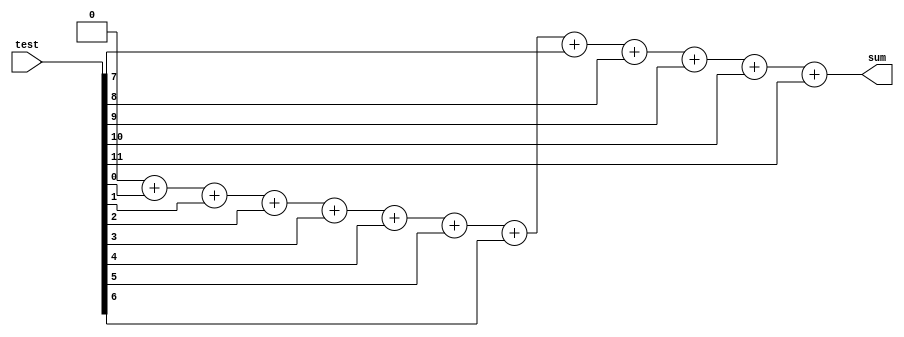
module counttest (
	input [11:0] test,
	output [5:0] sum
);

	parameter WIDTH = 12;
	// NOTE: $clog2 was added in 1364-2005, not supported in 1364-1995 or 1364-2001
	reg [5:0] count_ones; 
	assign sum = count_ones;
	integer idx;

	always @* begin
		count_ones = {WIDTH{1'b0}};  
		for( idx = 0; idx<WIDTH; idx = idx + 1) begin
			count_ones = count_ones + test[idx];
		end
	end
endmodule